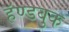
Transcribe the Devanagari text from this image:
हॅण्डबुक